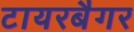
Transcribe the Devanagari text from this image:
टायरबैगर